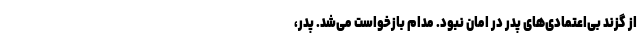
از گزند بی‌اعتمادی‌های پدر در امان نبود. مدام بازخواست می‌شد. پدر،